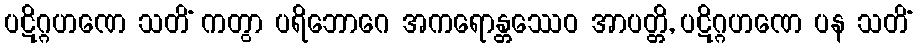
ပဋိဂ္ဂဟဏေ သတိံ ကတွာ ပရိဘောဂေ အကရောန္တဿေဝ အာပတ္တိ, ပဋိဂ္ဂဟဏေ ပန သတိံ